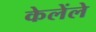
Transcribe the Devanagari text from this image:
केलेंले